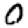
Digit: 0